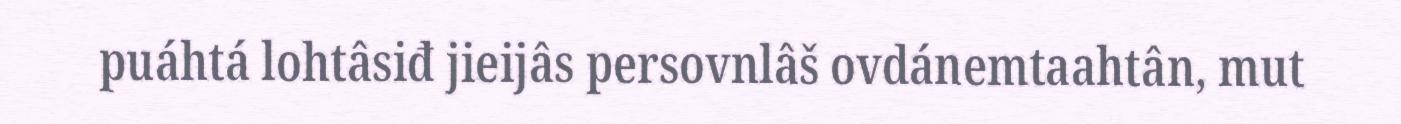
puáhtá lohtâsiđ jieijâs persovnlâš ovdánemtaahtân, mut